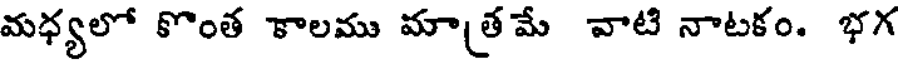
మధ్యలో కొంత కాలము మాత్రమే వాటి నాటకం. భగ